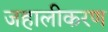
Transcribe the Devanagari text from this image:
जहालीकरण